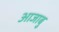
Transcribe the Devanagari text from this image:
आजाबु